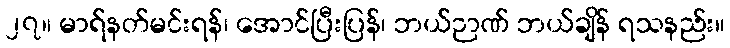
၂၇။ မာရ်နတ်မင်းရန်၊ အောင်ပြီးပြန်၊ ဘယ်ဉာဏ် ဘယ်ချိန် ရသနည်း။